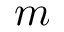
m